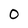
Character: 0